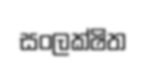
සංලක්ෂිත